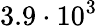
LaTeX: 3.9\cdot 10^{3}